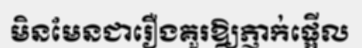
មិនមែនជារឿងគួរឱ្យភ្ញាក់ផ្អើល